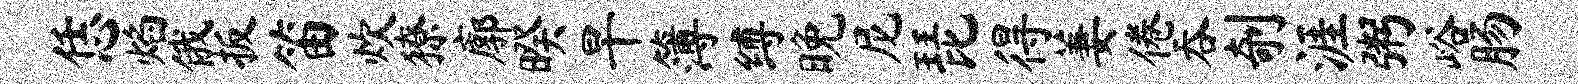
恁焰俄扳笛炊獠廓暌旱簿缚晚尼琵得萋倦吞剞涯粥峪肠